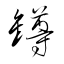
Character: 罇